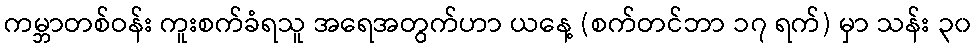
ကမ္ဘာတစ်ဝန်း ကူးစက်ခံရသူ အရေအတွက်ဟာ ယနေ့ (စက်တင်ဘာ ၁၇ ရက်) မှာ သန်း ၃၀